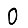
Digit: 0